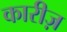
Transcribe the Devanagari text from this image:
कारीज़